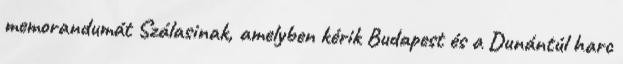
memorandumát Szálasinak, amelyben kérik Budapest és a Dunántúl harc